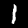
Label: 1